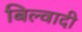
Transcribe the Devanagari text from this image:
बिल्वादी